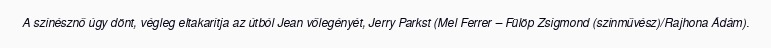
A színésznő úgy dönt, végleg eltakarítja az útból Jean vőlegényét, Jerry Parkst (Mel Ferrer – Fülöp Zsigmond (színművész)/Rajhona Ádám).